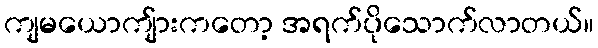
ကျမယောကျ်ားကတော့ အရက်ပိုသောက်လာတယ်။